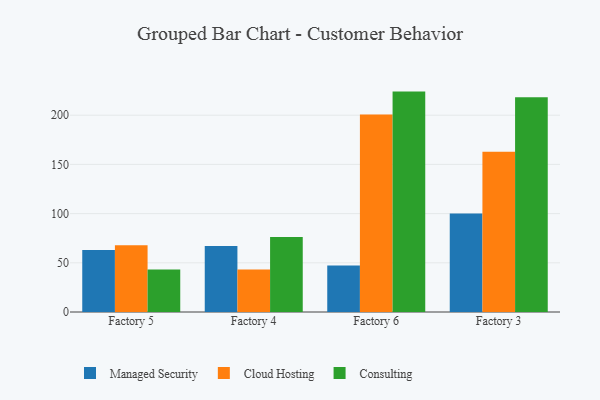
{"axis": {"x": "Factory", "y": "Shipments"}, "legend": ["Cloud Hosting", "Consulting", "Managed Security"], "data": [{"x": "Factory 5", "y": 63.1, "type": "Managed Security"}, {"x": "Factory 5", "y": 67.8, "type": "Cloud Hosting"}, {"x": "Factory 5", "y": 43.2, "type": "Consulting"}, {"x": "Factory 4", "y": 67.2, "type": "Managed Security"}, {"x": "Factory 4", "y": 43.1, "type": "Cloud Hosting"}, {"x": "Factory 4", "y": 76.1, "type": "Consulting"}, {"x": "Factory 6", "y": 47.3, "type": "Managed Security"}, {"x": "Factory 6", "y": 200.8, "type": "Cloud Hosting"}, {"x": "Factory 6", "y": 224.0, "type": "Consulting"}, {"x": "Factory 3", "y": 100.0, "type": "Managed Security"}, {"x": "Factory 3", "y": 162.9, "type": "Cloud Hosting"}, {"x": "Factory 3", "y": 218.2, "type": "Consulting"}]}